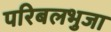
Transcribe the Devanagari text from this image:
परिबलभुजा